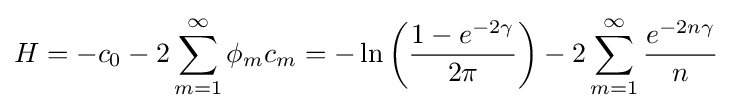
H=-c_{0}-2\sum _{m=1}^{\infty }\phi _{m}c_{m}=-\ln \left({\frac {1-e^{-2\gamma }}{2\pi }}\right)-2\sum _{m=1}^{\infty }{\frac {e^{-2n\gamma }}{n}}